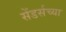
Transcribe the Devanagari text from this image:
सेंडर्सच्या